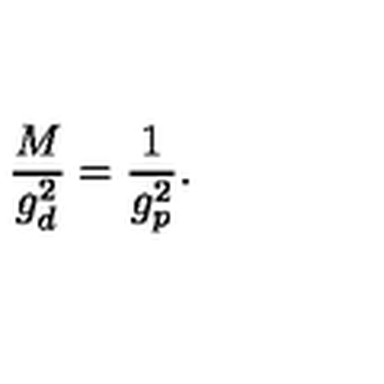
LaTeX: \frac { M } { g _ { d } ^ { 2 } } = \frac { 1 } { g _ { p } ^ { 2 } } .